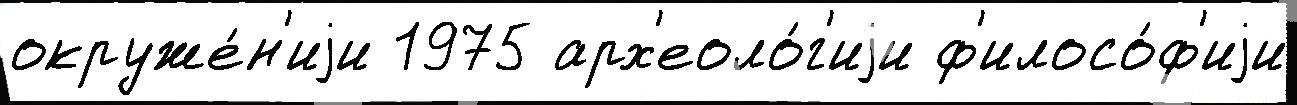
окруже́н'иjи 1975 арх'еоло́г'иjи ф'илосо́ф'иjи